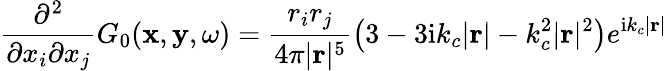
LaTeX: \frac{\partial^{2}}{\partial x_{i}\partial x_{j}}G_{0}(\mathbf{x},\mathbf{y},\omega)=\frac{r_{i}r_{j}}{4\pi|\mathbf{r}|^{5}}\left(3-3\mathrm{i}k_{c}|\mathbf{r}|-k_{c}^{2}|\mathbf{r}|^{2}\right)e^{\mathrm{i}k_{c}|\mathbf{r}|}